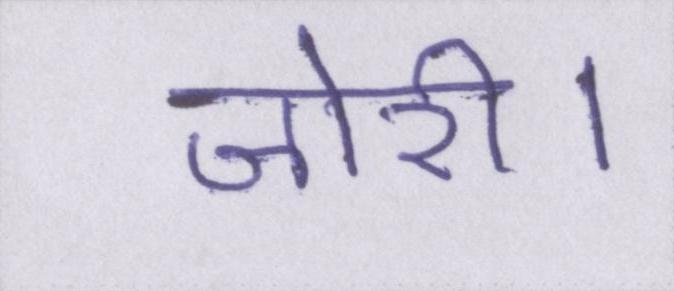
जोरी।